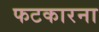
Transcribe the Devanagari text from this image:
फटकारना